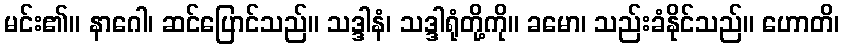
မင်း၏။ နာဂေါ၊ ဆင်ပြောင်သည်။ သဒ္ဒါနံ၊ သဒ္ဒါရုံတို့ကို။ ခမော၊ သည်းခံနိုင်သည်။ ဟောတိ၊